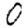
Digit: 0